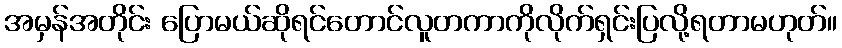
အမှန်အတိုင်း ပြောမယ်ဆိုရင်တောင်လူတကာကိုလိုက်ရှင်းပြလို့ရတာမဟုတ်။